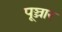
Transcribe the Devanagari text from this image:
पूञ्ञार